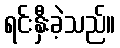
ရင်းနှီးခဲ့သည်။